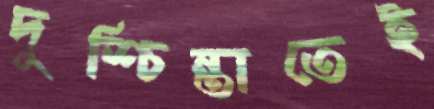
দুশ্চিন্তাতেই